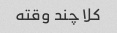
کلا چند وقته